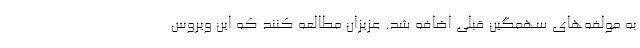
به مولفه‌های سهمگین قبلی اضافه شد. عزیزان مطالعه کنند که این ویروس